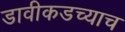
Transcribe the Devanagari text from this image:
डावीकडच्याच